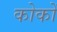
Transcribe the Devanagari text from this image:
कोकों